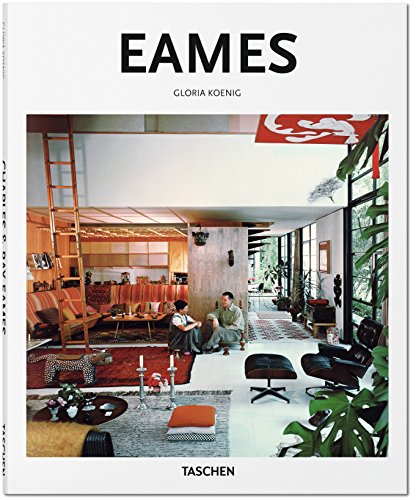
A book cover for Eames; Gloria Koenig; Arts & Photography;